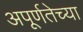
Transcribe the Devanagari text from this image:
अपूर्णतेच्या